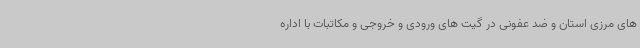
های مرزی استان و ضد عفونی در گیت های ورودی و خروجی و مکاتبات با اداره